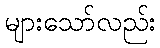
များသော်လည်း